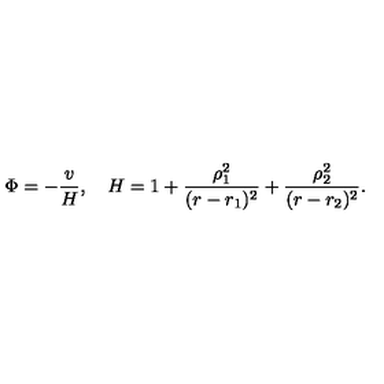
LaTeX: \Phi = - \frac { v } { H } , \quad H = 1 + \frac { \rho _ { 1 } ^ { 2 } } { ( r - r _ { 1 } ) ^ { 2 } } + \frac { \rho _ { 2 } ^ { 2 } } { ( r - r _ { 2 } ) ^ { 2 } } .